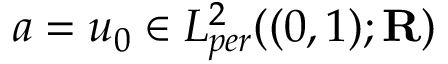
a = u _ { 0 } \in L _ { p e r } ^ { 2 } ( ( 0 , 1 ) ; \mathbf { R } )